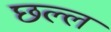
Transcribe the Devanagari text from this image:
छल्ल